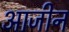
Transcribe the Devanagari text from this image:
आजीन